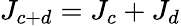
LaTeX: J_{c+d}=J_{c}+J_{d}